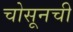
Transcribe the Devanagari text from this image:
चोसूनची